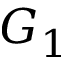
G _ { 1 }